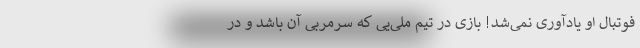
فوتبال او یادآوری نمی‌شد! بازی در تیم ملی‌یی که سرمربی آن باشد و در